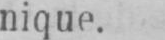
nique.